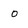
Character: O